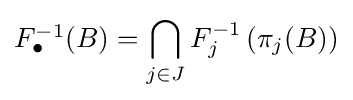
{\textstyle F_{\bullet }^{-1}(B)=\displaystyle \bigcap _{j\in J}F_{j}^{-1}\left(\pi _{j}(B)\right)}